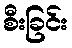
စီးခြင်း